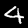
Digit: 4